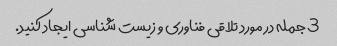
3 جمله در مورد تلاقی فناوری و زیست شناسی ایجاد کنید.